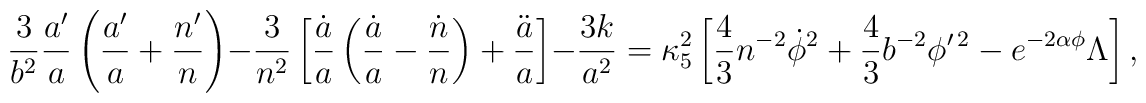
{3\over b^2}{a^{\prime}\over a}\left({a^{\prime}\over a}+{n^{\prime}\over n}\right)-{3\over n^2}\left[{\dot{a}\over a}\left({\dot{a}\over a}-{\dot{n}\over n}\right)+{\ddot{a}\over a}\right]-{{3k}\over a^2}=\kappa^2_5\left[{4\over 3}n^{-2}\dot{\phi}^2+{4\over 3}b^{-2}\phi^{\prime\,2}-e^{-2\alpha\phi}\Lambda\right],